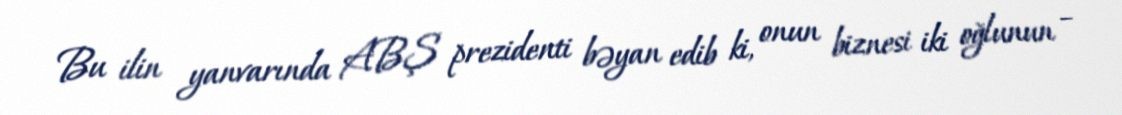
Bu ilin yanvarında ABŞ prezidenti bəyan edib ki, onun biznesi iki oğlunun –